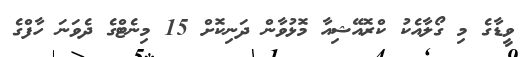
ވީޑާގެ މި ގޯލާއެކު ކްރޮއޭޝިއާ މޮޅުވާން ދަނިކޮށް 15 މިނެޓްގެ ދެވަނަ ހާފްގެ